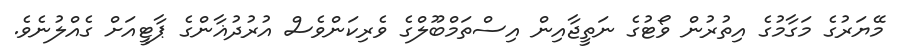
މޭޔަރުގެ މަގާމުގެ އިތުރުން ވޯޓުގެ ނަތީޖާއިން އިސްތަމްބޫލްގެ ވެރިކަންވެސް އުރުދުޣާންގެ ޕާޓީއަށް ގެއްލުނެވެ.